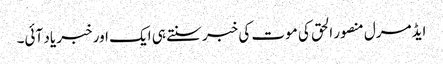
ایڈمرل منصور الحق کی موت کی خبر سنتے ہی ایک اور خبر یاد آئی۔